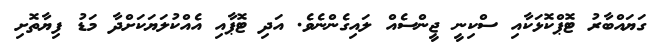
ގަޔައްބާރު ޓޮޕްކޮޅަކާއި ސްކިނީ ޖީންސެއް ލައިގެންނެވެ. އަދި ޓޮޕާއި އެއްކުލަޔަކަށްދާ މަޑު ފިޔާތޮށި